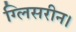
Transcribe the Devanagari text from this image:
ग्लिसरीन।